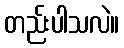
တည်းပါသလဲ။